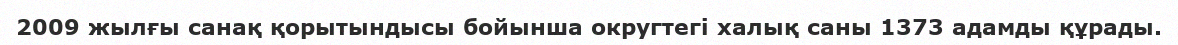
2009 жылғы санақ қорытындысы бойынша округтегі халық саны 1373 адамды құрады.